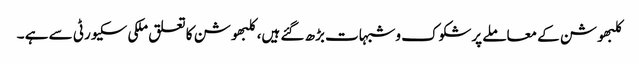
کلبھوشن کے معاملے پرشکوک وشبہات بڑھ گئے ہیں، کلبھوشن کا تعلق ملکی سکیورٹی سے ہے ۔